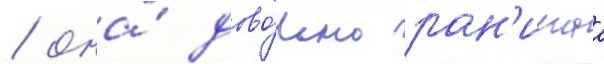
/ она́ дово́льно ран'имаа